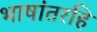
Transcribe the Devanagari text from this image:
भाषांतरहि